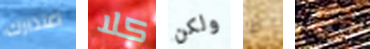
اعتذارك كلا ولكن لا ويمكنك